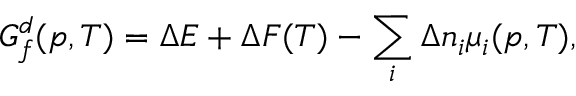
G _ { f } ^ { d } ( p , T ) = \Delta E + \Delta F ( T ) - \sum _ { i } \Delta n _ { i } \mu _ { i } ( p , T ) ,